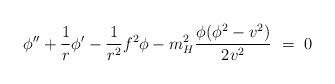
LaTeX: \begin{align*}\phi''+\frac1r\phi'-\frac1{r^2}f^2\phi-m^2_H\frac{\phi(\phi^2-v^2)}{2v^2}\ =\ 0\end{align*}